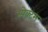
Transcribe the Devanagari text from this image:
स्पेक्टम